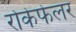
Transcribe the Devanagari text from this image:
रोकेफेलर